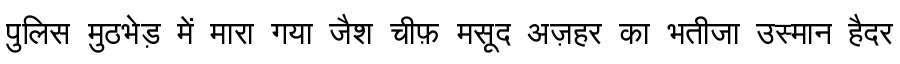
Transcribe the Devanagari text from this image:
पुलिस मुठभेड़ में मारा गया जैश चीफ़ मसूद अज़हर का भतीजा उस्मान हैदर